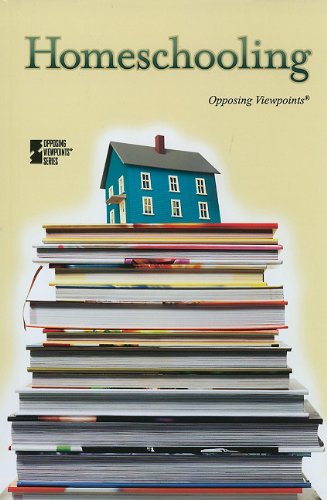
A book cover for Homeschooling (Opposing Viewpoints); Noah Berlatsky; Teen & Young Adult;